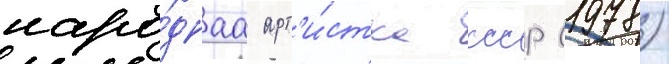
наро́днаа арт'и́стка ссср (1978)